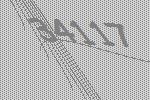
34117